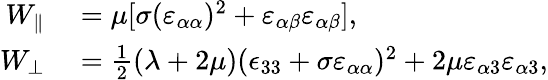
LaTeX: \begin{array}{rl}{W_{\parallel}}&{{}=\mu[\sigma(\varepsilon_{\alpha\alpha})^{2}+\varepsilon_{\alpha\beta}\varepsilon_{\alpha\beta}],}\\ {W_{\perp}}&{{}=\frac{1}{2}(\lambda+2\mu)(\epsilon_{33}+\sigma\varepsilon_{\alpha\alpha})^{2}+2\mu\varepsilon_{\alpha 3}\varepsilon_{\alpha 3},}\end{array}